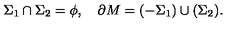
\Sigma _ { 1 } \cap \Sigma _ { 2 } = \phi , \quad \partial M = ( - \Sigma _ { 1 } ) \cup ( \Sigma _ { 2 } ) .